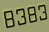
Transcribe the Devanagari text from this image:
८३८३